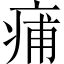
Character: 痡